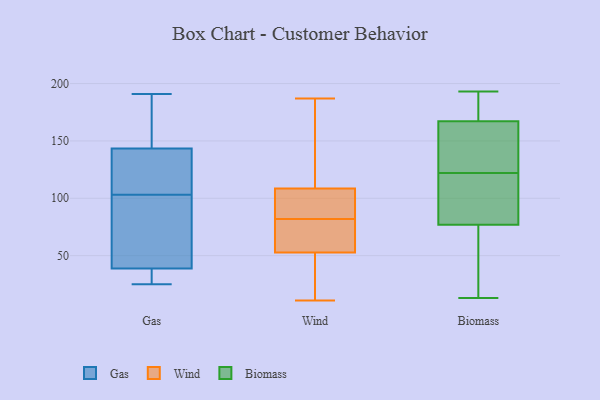
{"axis": {"x": "Tickets Resolved", "y": "Value"}, "legend": ["Biomass", "Gas", "Wind"], "data": [{"x": "", "y": 60, "type": "Gas"}, {"x": "", "y": 92, "type": "Gas"}, {"x": "", "y": 25, "type": "Gas"}, {"x": "", "y": 39, "type": "Gas"}, {"x": "", "y": 32, "type": "Gas"}, {"x": "", "y": 148, "type": "Gas"}, {"x": "", "y": 103, "type": "Gas"}, {"x": "", "y": 191, "type": "Gas"}, {"x": "", "y": 38, "type": "Gas"}, {"x": "", "y": 136, "type": "Gas"}, {"x": "", "y": 142, "type": "Gas"}, {"x": "", "y": 170, "type": "Gas"}, {"x": "", "y": 124, "type": "Gas"}, {"x": "", "y": 11, "type": "Wind"}, {"x": "", "y": 55, "type": "Wind"}, {"x": "", "y": 107, "type": "Wind"}, {"x": "", "y": 82, "type": "Wind"}, {"x": "", "y": 113, "type": "Wind"}, {"x": "", "y": 79, "type": "Wind"}, {"x": "", "y": 65, "type": "Wind"}, {"x": "", "y": 87, "type": "Wind"}, {"x": "", "y": 187, "type": "Wind"}, {"x": "", "y": 27, "type": "Wind"}, {"x": "", "y": 56, "type": "Wind"}, {"x": "", "y": 15, "type": "Wind"}, {"x": "", "y": 157, "type": "Wind"}, {"x": "", "y": 88, "type": "Wind"}, {"x": "", "y": 121, "type": "Wind"}, {"x": "", "y": 95, "type": "Wind"}, {"x": "", "y": 46, "type": "Wind"}, {"x": "", "y": 77, "type": "Biomass"}, {"x": "", "y": 165, "type": "Biomass"}, {"x": "", "y": 133, "type": "Biomass"}, {"x": "", "y": 168, "type": "Biomass"}, {"x": "", "y": 77, "type": "Biomass"}, {"x": "", "y": 183, "type": "Biomass"}, {"x": "", "y": 172, "type": "Biomass"}, {"x": "", "y": 55, "type": "Biomass"}, {"x": "", "y": 144, "type": "Biomass"}, {"x": "", "y": 193, "type": "Biomass"}, {"x": "", "y": 68, "type": "Biomass"}, {"x": "", "y": 145, "type": "Biomass"}, {"x": "", "y": 13, "type": "Biomass"}, {"x": "", "y": 86, "type": "Biomass"}, {"x": "", "y": 77, "type": "Biomass"}, {"x": "", "y": 122, "type": "Biomass"}, {"x": "", "y": 86, "type": "Biomass"}, {"x": "", "y": 180, "type": "Biomass"}, {"x": "", "y": 33, "type": "Biomass"}]}